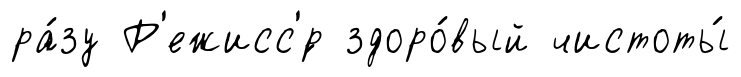
ра́зу Р'ежисс'́р здоро́вый чистоты́